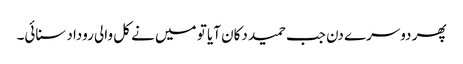
پھر دوسرے دن جب حمید دکان آیا تو میں نے کل والی روداد سنائی۔